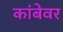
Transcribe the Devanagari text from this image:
कांबेवर